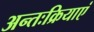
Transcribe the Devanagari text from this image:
अन्तःक्रियाएं